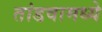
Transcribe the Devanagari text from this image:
तांडवामध्ये